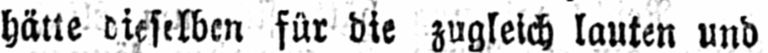
hätte dieselben für die zugleich lauten und